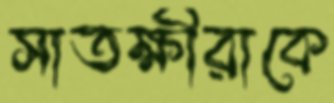
সাতক্ষীরাকে